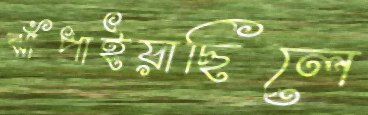
ঝাঁপাইয়াছিলে